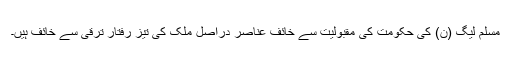
مسلم لیگ (ن) کی حکومت کی مقبولیت سے خائف عناصر دراصل ملک کی تیز رفتار ترقی سے خائف ہیں۔